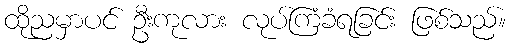
ထိုညမှာပင် ဦးကုလား လုပ်ကြံခံရခြင်း ဖြစ်သည်။